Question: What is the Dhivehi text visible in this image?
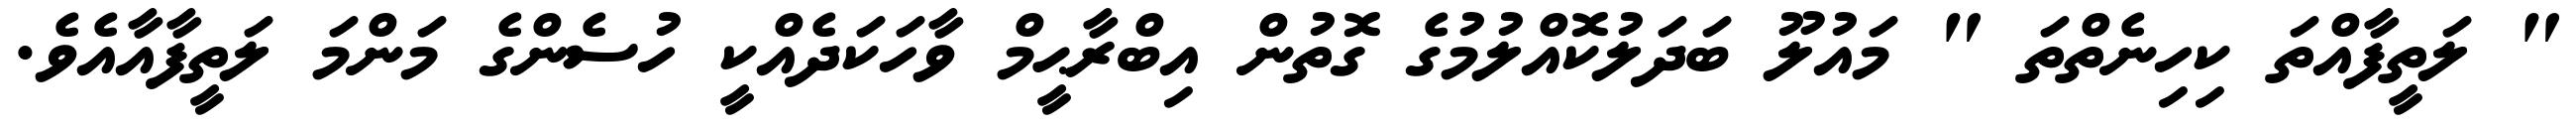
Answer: " ލަތީފާއްތަ ކިހިނެތްތަ " މައުލޫ ބަދަލުކޮއްލުމުގެ ގޮތުން އިބްރާޙީމް ވާހަކަދެއްކީ ހުސެންގެ މަންމަ ލަތީފާއާއެވެ.